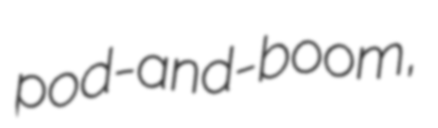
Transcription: pod-and-boom,